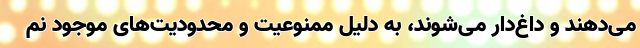
می‌دهند و داغ‌دار می‌شوند، به دلیل ممنوعیت و محدودیت‌های موجود نم